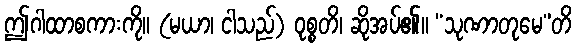
ဤဂါထာစကားကို။ (မယာ၊ ငါသည်) ဝုစ္စတိ၊ ဆိုအပ်၏။ “သုဏာတုမေ”တိ